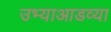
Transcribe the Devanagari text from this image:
उभ्याआडव्या